Vital statistics of India. Vol. IV, Annual returns from 1871 to 1876. British Army of India, Native Army and jails of Bengal
Year: 1871
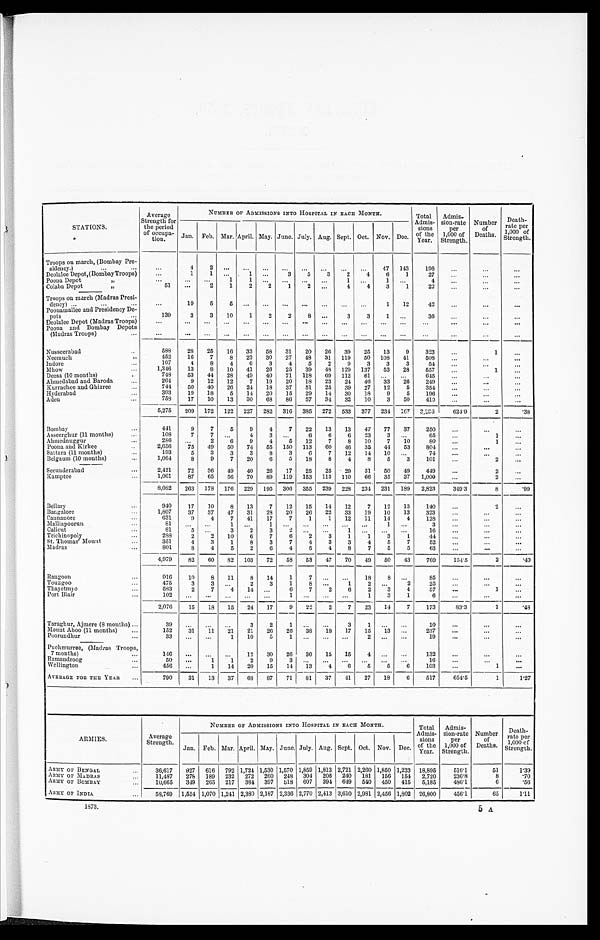
STATIONS.
Average
Strength for
the period
of occupa-tion.
NUMBER OF ADMISSIONS INTO HOSPITAL IN EACH MONTH.
Total
Admis-
sions
of the
Year.
Admis-
sion-rate
per
1,000 of
Strength.
Number
of
Deaths.
Death-rate per
1,000 of
Strength.
Jan. Feb. Mar. April. May. June. July. Aug. Sept. Oct. Nov. Dec.
Troops on march, (Bombay Pre
-
sidency.) . . .
. . .
4
2
. . .
. . .
. . .
. . .
. . .
. . .
. . .
. . .
47
143
196
. . .
. . .
. . .
Deolalee Depot,(Bombay Troops)
. . .
1
1
. . .
1
. . .
3
5
3
2
4
6
1
27
. . .
. . .
. . .
Poona Depot "
. . .
. . .
. . .
1
1
. . .
. . .
. . .
. . .
1
. . .
1
. . .
4
. . .
. . .
. . .
Colaba Depot "
51
. . .
2
1
2
2
1
2
. . .
4
4
3
1
22
. . .
. . .
. . .
Troops on march (Madras Presi-
dency) . . .
. . .
1 9
5
5
. . .
. . .
. . .
. . .
. . .
. . .
. . .
1
12
42
. . .
. . .
. . .
Poonamallee and Presidency De-
pots . . .
139
3
3
10
1
2
2
8
. . .
3
3
1
. . .
36
. . .
. . .
. . .
Deolalee Depot (Madras Troops)
. . .
. . .
. . .
. . .
. . .
. . .
. . .
. . .
. . .
. . .
. . .
. . .
. . .
. . .
. . .
. . .
. . .
Poona and Bombay Depots
(Madras Troops) . . .
. . .
. . .
. . .
. . .
. . .
. . .
. . .
. . .
. . .
. . .
. . .
. . .
. . .
. . .
. . .
. . .
. . .
Nusseerabad . . .
588
28
25
16
33
58
31
20
26
39
25
13
9
323
. . .
1
. . .
Neemuch . . .
452
16
7
8
23
30
27
48
31
119
50
108
41
508
. . .
. . .
. . .
Indore . . .
107
4
8
4
6
3
4
5
2
9
3
3
3
54
. . .
. . .
. . .
Mhow . . .
1,346
13
8
10
41
26
25
39
48
129
137
53
28
557
. . .
1
. . .
Deesa (10 months) . . .
748
53
44
28
49
40
71
118
69
112
61
. . .
. . .
645
. . .
. . .
. . .
Ahmedabad and Baroda . . .
264
9
12
12
7
19
20
18
23
24
46
33
26
249
. . .
. . .
. . .
Kurrachee and Ghizree . . .
744
50
40
26
24
18
37
51
25
39
27
12
5
354
. . .
. . .
. . .
Hyderabad . . .
393
19
18
5
14
20
15
29
14
30
1 8
9
5
196
. . .
. . .
. . .
Aden . . .
758
17
10
13
30
68
86
57
34
32
10
3
50
410
. . .
. . .
. . .
5,275
209
172
122
227
282
316
385
272
533
377
234
167
3,296
624.9
2
.38
Bombay . . .
441
9
7
5
9
4
7
22
13
13
47
77
37
250
. . .
. . .
. . .
Asseerghur (11 months) . . .
108
7
7
. . .
4
3
. . .
6
6
6
23
3
. . .
65
. . .
1
. . .
Ahmednuggur . . .
286
. . .
2
6
9
4
5
12
7
8
10
7
10
80
. . .
1
. . .
Poona and Kirkee . . .
2,656
75
49
50
74
55
150
113
60
46
35
44
53
804
. . .
. . .
. . .
Sattara (11 months) . . .
193
5
3
3
3
8
3
6
7
12
14
10
. . .
74
. . .
. . .
. . .
Belgaum (10 months) . . .
1,064
8
9
7
20
6
5
18
8
4
8
5
3
101
. . .
2
. . .
Secunderabad . . .
2,421
72
36
49
40
26
17
25
25
29
31
50
49
449
. . .
2
. . .
Kamptee . . .
1,061
87
65
56
70
89
119
153
113
110
66
35
37
1,000
. . .
2
. . .
8,082
263
178
176
229
195
306
355
239
228
234
231
189
2,823
349.3
8 .99
Bellary . . .
940
17
10
8
13
7
12
15
14
12
7
12
13
140
. . .
2
. . .
Bangalore . . .
1,807
37
37
47
31
28
20
26
22
33
19
10
13
323
. . .
. . .
. . .
Cannanore . . .
631
9
4
7
41
17
7
1
1
12
11
14
4
128
. . .
. . .
. . .
Malliapoorun . . .
8 1
. . .
. . .
1
. . .
1
. . .
. . .
. . .
. . .
. . .
1
. . .
3
. . .
. . .
. . .
Calicut . . .
81
5
. . .
3
2
3
2
. . .
. . .
1
. . .
. . .
. . .
16
. . .
. . .
. . .
Trichinopoly . . .
288
2
2
10
6
7
6
2
3
1
1
3
1
44
. . .
. . .
. . .
St. Thomas' Mount . . .
351
4
3
1
8
3
7
4
3
3
4
5
7
52
. . .
. . .
. . .
Madras . . .
801
8
4
5
2
6
4
5
4
8
7
5
5
63
. . .
. . .
. . .
4,979
82
60
82
103
72
58
53
47
70
49
50
43
769
154.5
2
.40
Rangoon . . .
916
10
8
11
8
14
1
7
. . .
. . .
18
8
. . .
85
. . .
. . .
. . .
Toungoo . . .
475
3
3
. . .
2
3
1
8
. . .
1
2
. . .
2
25
. . .
. . .
. . .
Thayetmyo . . .
583
2
7
4
14
. . .
6
7
2
6
2
3
4
57
. . .
1
. . .
Port Blair . . .
102
. . .
. . .
. . .
. . .
. . .
1
. . .
. . .
. . .
1
3
1
6
. . .
. . .
. . .
2,076
15
18
15
24
17
9
22
2
7
23
14
7
173
83.3
1
. 4 8
Taraghur, Ajmere (8 months) . . .
39
. . .
. . .
. . .
3
2
1
. . .
. . .
3
1
. . .
. . .
10
. . .
. . .
. . .
Mount Aboo (11 months) . . .
152
31
11
21
21
26
26
38
18
17
15
13
. . .
237
. . .
. . .
. . .
Poorundhur . . .
33
. . .
. . .
1
10
5
1
. . .
. . .
. . .
2
. . .
. . .
19
. . .
. . .
. . .
Puchmurree, (Madras Troops,
7 months) . . .
1 4 6
. . .
. . .
. . .
12
30
26
30
15
15
4
. . .
. . .
132
. . .
. . .
. . .
Ramandroog . . .
50
. . .
1
1
2
9
3
. . .
. . .
. . .
. . .
. . .
. . .
16
. . .
. . .
. . .
Wellington . . .
456
. . .
1
14
20
15
14
13
4
6
5
5
6
103
. . .
1
. . .
AVERAGE FOR THE YEAR . . .
790
3 1
13
37
68
87
71
8 1
37
41
27
18
6
517
654.5
1
1.27
ARMIES.
Average
Strength.
NUMBER OF ADMISSIONS INTO HOSPITAL IN EACH MONTH.
Total
Admis-
sions
of theY e a r .
Admis-
sion-rate
per
1 , 0 0 0 o f S t r e n g t h .
Number
of
Deaths.
Death-
rate per
1,000 of Strength.
Jan. Feb. Mar. April. May. June. July. Aug. Sept. Oct. Nov. Dec.
ARMY OF BENGAL . . .
36,617
927
616
792 1,724 1,530 1,570 1,859 1,813 2,721 2,260 1,850 1,233
18,895
516.1
51
1.39
ARMY OF MADRAS . . .
11,487
278
189
232
272
260
248
304
206
240
181
156
154
2,720
236.8
8
.70
ARMY OR BOMBAY . . .
10,665
349
265
217
384
397
518
607
394
649
540
450
415
5,185
486.1
6
.56
ARMY OF INDIA . . .
5 8 , 7 6 9
1,554 1,070 1,241 2,380 2,187 2,336 2,770 2,413 3,610 2,981 2,456 1,802
26,800
456.1
65
1.11
1873.
5 A